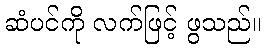
ဆံပင်ကို လက်ဖြင့် ဖွသည်။